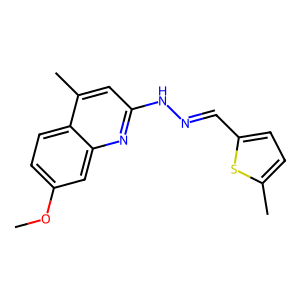
SMILES: COc1ccc2c(C)cc(NN=Cc3ccc(C)s3)nc2c1
Inhibits HIV replication: No